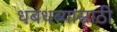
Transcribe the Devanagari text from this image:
धबधब्यासाठी